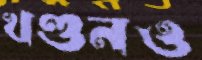
খণ্ডনও